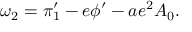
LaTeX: \omega _ { 2 } = \pi _ { 1 } ^ { \prime } - e \phi ^ { \prime } - a e ^ { 2 } A _ { 0 } .